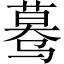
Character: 蓦